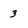
Character: 3